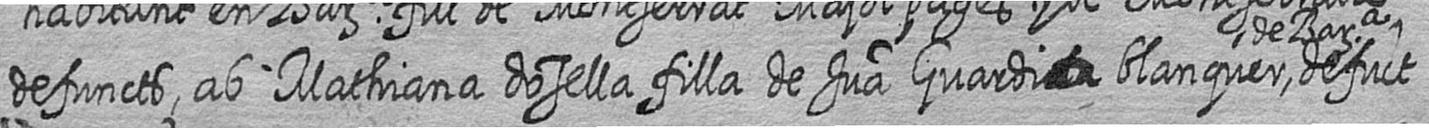
defuncts ab Mathiana dosella filla de Jua Guardi# blanquer deBarca defunct